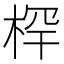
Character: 𰗯